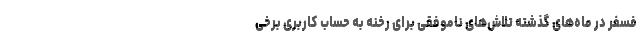
فسفر در ماه‌های گذشته تلاش‌های ناموفقی برای رخنه به حساب کاربری برخی